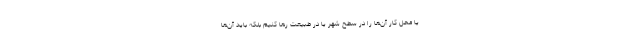
یا محل کار آن‌ها را در سطح شهر یا در طبیعت رها کنیم بلکه باید آن‌ها